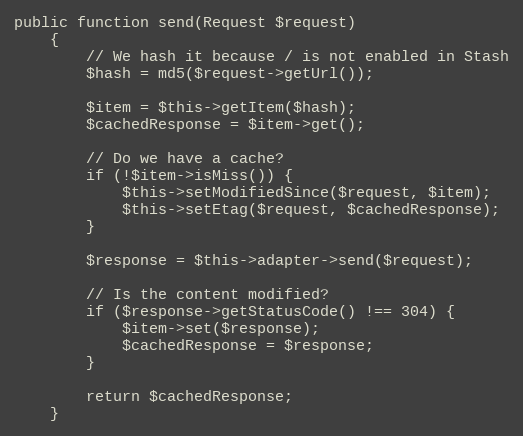
Language: PHP
public function send(Request $request)
    {
        // We hash it because / is not enabled in Stash
        $hash = md5($request->getUrl());

        $item = $this->getItem($hash);
        $cachedResponse = $item->get();

        // Do we have a cache?
        if (!$item->isMiss()) {
            $this->setModifiedSince($request, $item);
            $this->setEtag($request, $cachedResponse);
        }

        $response = $this->adapter->send($request);

        // Is the content modified?
        if ($response->getStatusCode() !== 304) {
            $item->set($response);
            $cachedResponse = $response;
        }

        return $cachedResponse;
    }